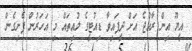
އީޔޫ އިން ރާއްޖެ އަށް ދީފައިވާ ޑިއުޓީގެ ލުއިތައް މި އަހަރުން ފެށިގެން